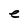
Character: e